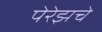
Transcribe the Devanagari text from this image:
पेरेझचे